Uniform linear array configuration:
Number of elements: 4
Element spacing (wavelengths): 0.25
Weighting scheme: kaiser
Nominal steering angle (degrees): -30
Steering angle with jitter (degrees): -30.115
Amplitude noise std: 0.05
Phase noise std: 0.05

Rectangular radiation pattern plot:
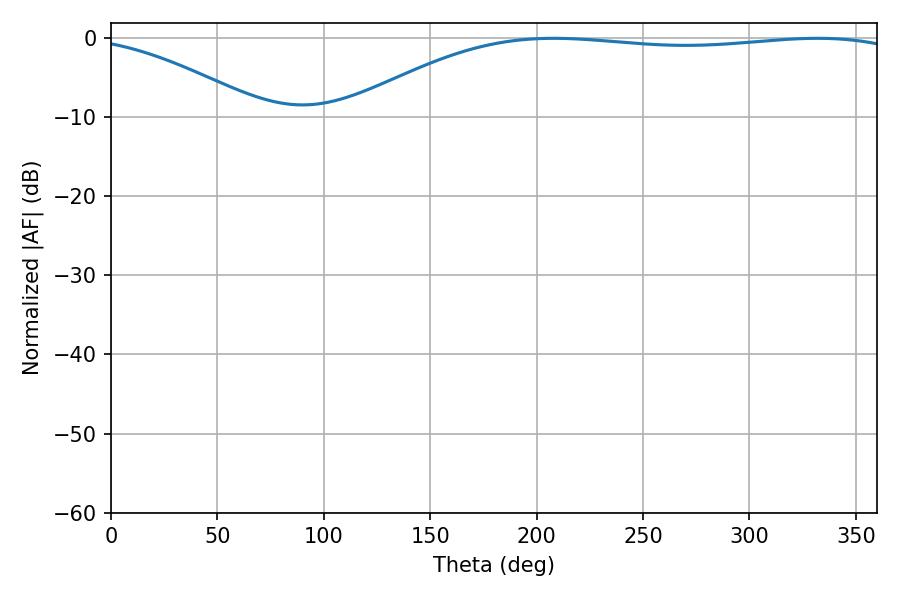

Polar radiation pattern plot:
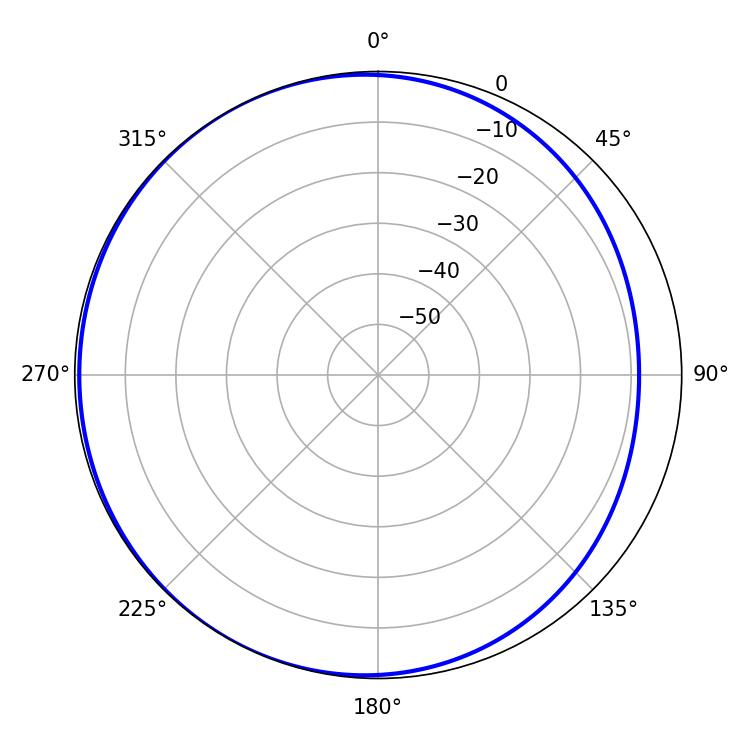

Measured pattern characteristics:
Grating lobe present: FALSE
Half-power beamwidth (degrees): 208.62
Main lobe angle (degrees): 208.08